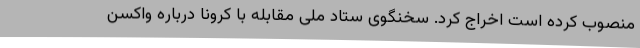
منصوب کرده است اخراج کرد. سخنگوی ستاد ملی مقابله با کرونا درباره واکسن